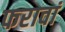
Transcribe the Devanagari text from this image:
फरावां